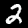
Digit: 2